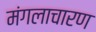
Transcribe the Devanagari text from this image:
मंगलाचारण